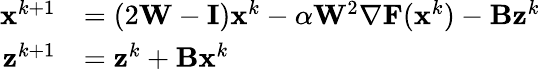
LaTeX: \begin{array}{rl}{{\mathbf{x}}^{k+1}}&{=(2{\mathbf{W}}-{\mathbf{I}}){\mathbf{x}}^{k}-\alpha{\mathbf{W}}^{2}{\nabla}{\mathbf{F}}({\mathbf{x}}^{k})-\mathbf{B}{\mathbf{z}}^{k}}\\ {{\mathbf{z}}^{k+1}}&{={\mathbf{z}}^{k}+\mathbf{B}{\mathbf{x}}^{k}}\end{array}